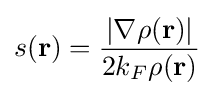
s(\mathbf {r} )={\frac {\left|\nabla \rho (\mathbf {r} )\right|}{2k_{F}\rho (\mathbf {r} )}}